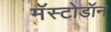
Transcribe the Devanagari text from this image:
मॅस्टोडॉन